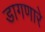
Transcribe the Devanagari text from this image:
डागणारे